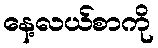
နေ့လယ်စာကို